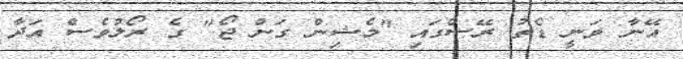
އޭނާ ވަނީ ޑެތު ރޭސްގައި "މެޝިން ގަން ޖޯ" ގެ ރޯލުވެސް އަދާ